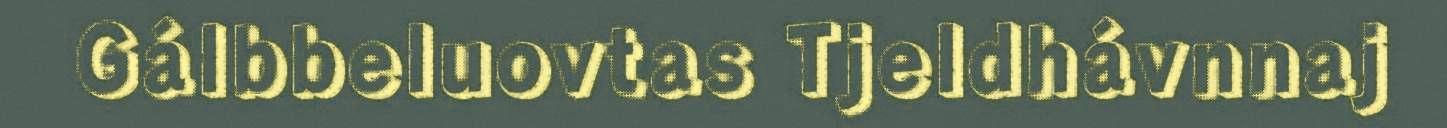
Gálbbeluovtas Tjeldhávnnaj